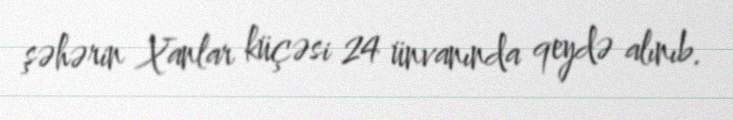
şəhərin Xanlar küçəsi 24 ünvanında qeydə alınıb.